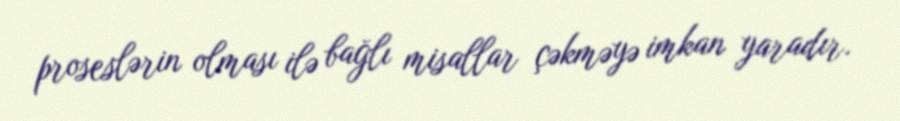
proseslərin olması ilə bağlı misallar çəkməyə imkan yaradır.